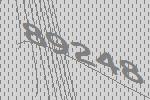
89248